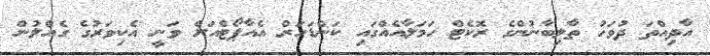
އާދިއްތަ ދުވަހު ތާލިބާނުންގެ ރޮކެޓް ހަމަލާއެއްގައި ކަންޑަހަރް އެއާޕޯޓްއަށް ވަނީ އެކިވަރުގެ ގެއްލުން